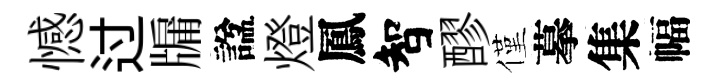
憾过牖諡燈鳳智醪僅摹集幅